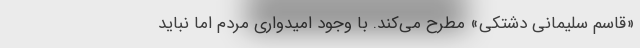
«قاسم سلیمانی دشتکی»‌ مطرح می‌کند. با وجود امیدواری مردم اما نباید